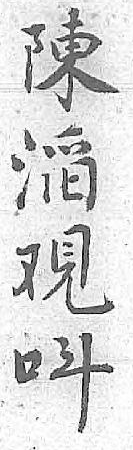
陳呌㴞 覌